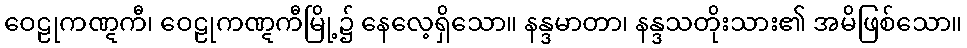
ဝေဠုကဏ္ဋကီ၊ ဝေဠုကဏ္ဋကီမြို့၌ နေလေ့ရှိသော။ နန္ဒမာတာ၊ နန္ဒသတိုးသား၏ အမိဖြစ်သော။